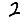
Digit: 2